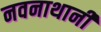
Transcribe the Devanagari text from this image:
नवनाथानी